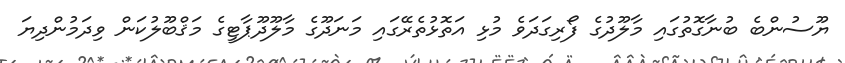
ޔޫސުންބެ ބުނާގޮތުގައި މާލޫދުގެ ފޯރިގަދަވެ މުޅި އަތޮޅުތެރޭގައި މަނަދޫގެ މާލޫދޫޕާޓީގެ މަޤްބޫލުކަން ވިދަމުންދިޔަ